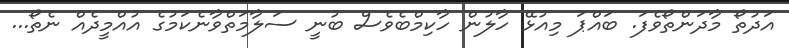
އަދުތޯ މާދަންތޯވެފަ. ބައްޕަ މިއުޅޭ ހާލުން ހާކިމްބެވެސް ބުނީ ސަލާމަތްވާނެކަމުގެ އުއްމީދެއް ނެތޯ...